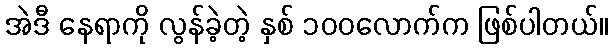
အဲဒီ နေရာကို လွန်ခဲ့တဲ့ နှစ် ၁၀၀လောက်က ဖြစ်ပါတယ်။